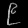
Digit: ၉